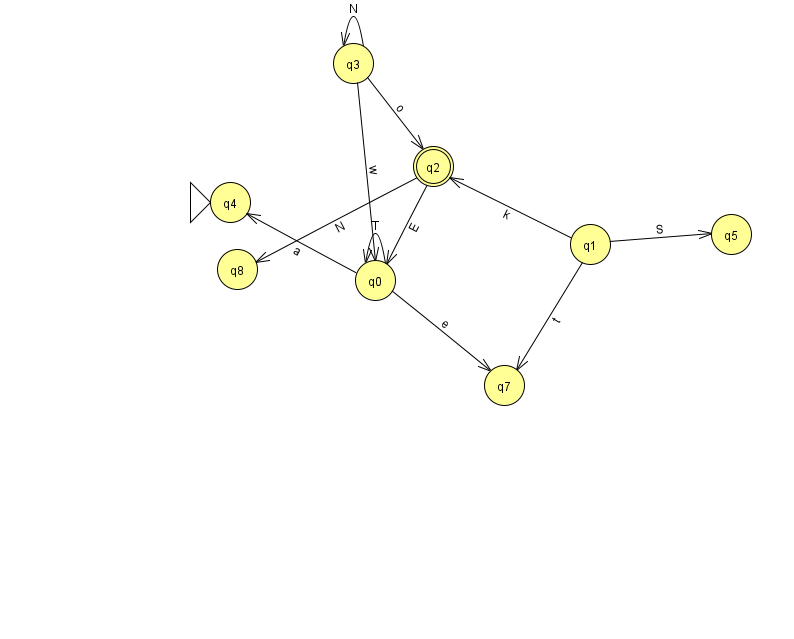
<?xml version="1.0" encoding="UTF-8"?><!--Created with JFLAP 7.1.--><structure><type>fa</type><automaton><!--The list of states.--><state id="0" name="q0"><x>375.0</x><y>267.0</y></state><state id="1" name="q1"><x>590.0</x><y>231.0</y></state><state id="2" name="q2"><x>433.0</x><y>153.0</y><final/></state><state id="3" name="q3"><x>353.0</x><y>50.0</y></state><state id="4" name="q4"><x>230.0</x><y>189.0</y><initial/></state><state id="5" name="q5"><x>731.0</x><y>221.0</y></state><state id="7" name="q7"><x>504.0</x><y>372.0</y></state><state id="8" name="q8"><x>237.0</x><y>256.0</y></state><!--The list of transitions.--><transition><from>0</from><to>4</to><read>a</read></transition><transition><from>0</from><to>7</to><read>e</read></transition><transition><from>3</from><to>0</to><read>w</read></transition><transition><from>3</from><to>2</to><read>o</read></transition><transition><from>0</from><to>0</to><read>T</read></transition><transition><from>2</from><to>8</to><read>N</read></transition><transition><from>1</from><to>7</to><read>t</read></transition><transition><from>1</from><to>2</to><read>k</read></transition><transition><from>1</from><to>5</to><read>S</read></transition><transition><from>2</from><to>0</to><read>E</read></transition><transition><from>3</from><to>3</to><read>N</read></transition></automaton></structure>